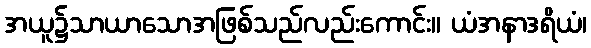
အယူ၌သာယာသောအဖြစ်သည်လည်းကောင်း။ ယံအနာဒရိယံ၊